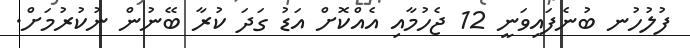
ފުލުހުނ ބުނެފައިވަނީ 12 ޖެހުމާއި އެއްކޮށް އަޑު ގަދަ ކުރާ ބޭނުން ނުކުރުމަށް.